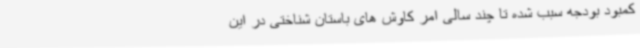
کمبود بودجه سبب شده تا چند سالی امر کاوش های باستان شناختی در این